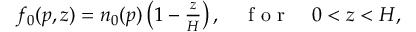
\begin{array} { r } { f _ { 0 } ( p , z ) = n _ { 0 } ( p ) \left( 1 - \frac { z } { H } \right) , \quad \mathrm { ~ f ~ o ~ r ~ } \quad 0 < z < H , } \end{array}